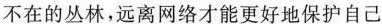
不在的丛林，远离网络才能更好地保护自己